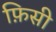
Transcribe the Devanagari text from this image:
फ़िसी